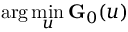
\arg \operatorname* { m i n } _ { u } \mathbf { G } _ { 0 } ( u )